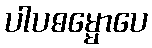
ပါပဓမ္မောပေ